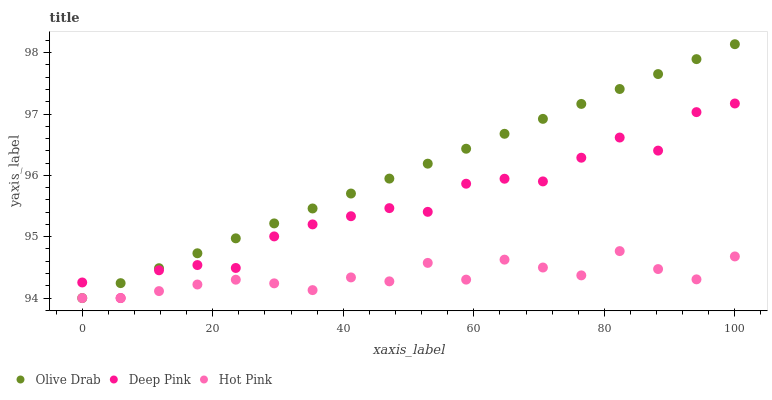
| xaxis_label | Olive Drab | Deep Pink | Hot Pink |
 | --- | --- | --- | --- |
 | 0 | 94 | 94.3 | 94 |
 | 5.88 | 94.2 | 94 | 94 |
 | 11.8 | 94.5 | 94.5 | 94.1 |
 | 17.6 | 94.7 | 94.5 | 94.2 |
 | 23.5 | 95 | 94.5 | 94.3 |
 | 29.4 | 95.2 | 95 | 94.2 |
 | 35.3 | 95.5 | 95.2 | 94.1 |
 | 41.2 | 95.7 | 95.3 | 94.3 |
 | 47.1 | 95.9 | 95.5 | 94.3 |
 | 52.9 | 96.2 | 95.4 | 94.6 |
 | 58.8 | 96.4 | 95.9 | 94.3 |
 | 64.7 | 96.7 | 95.9 | 94.6 |
 | 70.6 | 96.9 | 95.9 | 94.5 |
 | 76.5 | 97.2 | 96.3 | 94.4 |
 | 82.4 | 97.4 | 96.6 | 94.8 |
 | 88.2 | 97.7 | 96.4 | 94.5 |
 | 94.1 | 97.9 | 97 | 94.3 |
 | 100 | 98.1 | 97.2 | 94.7 |